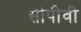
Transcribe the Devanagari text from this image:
सीपीवी